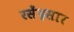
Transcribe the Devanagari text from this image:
रसेंद्रसार